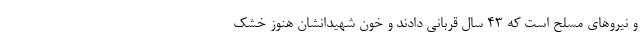
و نیروهای مسلح است که 43 سال قربانی دادند و خون شهیدانشان هنوز خشک